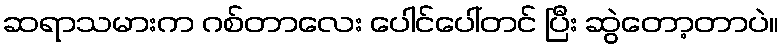
ဆရာသမားက ဂစ်တာလေး ပေါင်ပေါ်တင် ပြီး ဆွဲတော့တာပဲ။